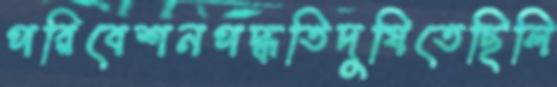
পরিবেশনপদ্ধতিদুষিতেছিলি